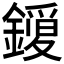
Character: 𮣈